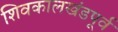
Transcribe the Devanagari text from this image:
शिवकालखंडपूर्व